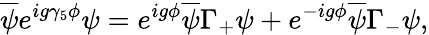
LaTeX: \overline{{{\psi}}}e^{ig\gamma_{5}\phi}\psi=e^{ig\phi}\overline{{{\psi}}}\Gamma_{+}\psi+e^{-ig\phi}\overline{{{\psi}}}\Gamma_{-}\psi,